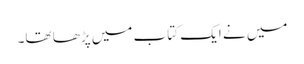
میں نے ایک کتاب میں پڑھا تھا۔